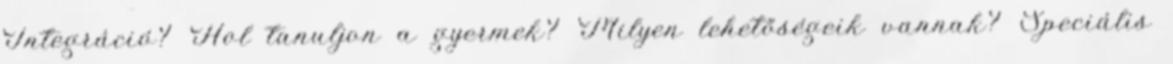
Integráció? Hol tanuljon a gyermek? Milyen lehetőségeik vannak? Speciális